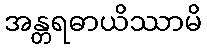
အန္တရဓာယိဿာမိ